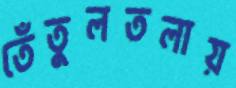
তেঁতুলতলায়